Report on sanitation, dispensaries, and jails in Rajputana for 1918, and on vaccination for the year 1918-1919 - 1918-1919
Year: 1918
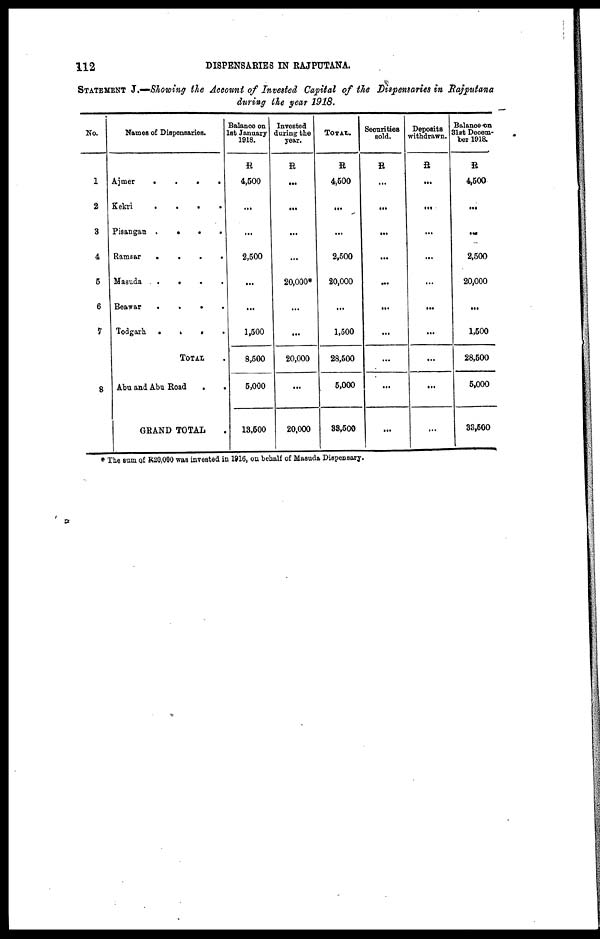
112
DISPENSARIES IN RAJPUTANA.
STATEMENT J.—Showing the Account of Invested Capital of the Dispensaries in Rajputana
during the year 1918.
No.
1
2
3
4
5
6
7
8
Names of Dispensaries.
Ajmer
.
.
.
.
Kekri
.
.
.
.
Pisangan
.
.
. .
Ramsar
.
.
.
.
Masuda
. . .
.
.
Beawar
.
. . .
Todgarh .
.
. .
TOTAL .
Abu and Abu Road
.
.
GRAND TOTAL .
Balance on
Let January
1918.
R
4,500
...
...
2,500
...
...
1,500
8,500
5,000
13,500
Invested
during the
year.
R
...
...
...
...
20,000*
...
...
20,000
...
20,000
TOTAL.
R
4,500
...
...
2,500
20,000
...
1,500
28,500
5,000
33,500
Securities
sold.
R
...
...
...
...
...
...
...
...
...
...
Deposits
withdrawn.
R
...
...
...
...
...
...
...
...
...
...
Balance on
31st Decem-
ber 1918.
R
4,500
...
...
2,500
20,000
...
1,500
28,500
5,000
33,500
* The sum of R20,000 was invested in 1916, on behalf of Masuda Dispensary.